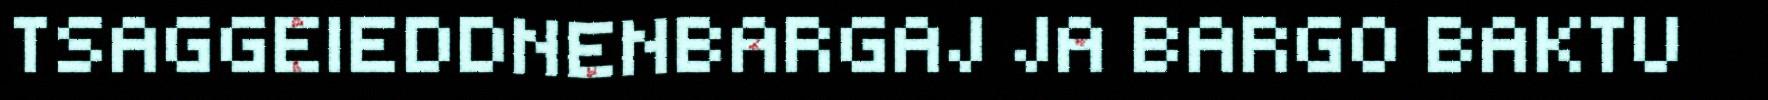
TSAGGEIEDDNENBARGAJ JA BARGO BAKTU